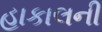
હાકાલની